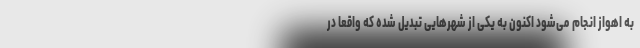
به اهواز انجام می‌شود اکنون به یکی از شهرهایی تبدیل شده که واقعا در